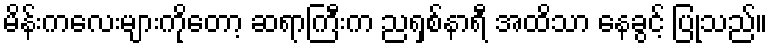
မိန်းကလေးများကိုတော့ ဆရာကြီးက ညရှစ်နာရီ အထိသာ နေခွင့် ပြုသည်။